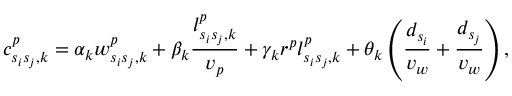
c _ { s _ { i } s _ { j } , k } ^ { p } = \alpha _ { k } w _ { s _ { i } s _ { j } , k } ^ { p } + \beta _ { k } \frac { l _ { s _ { i } s _ { j } , k } ^ { p } } { v _ { p } } + \gamma _ { k } r ^ { p } l _ { s _ { i } s _ { j } , k } ^ { p } + \theta _ { k } \left( \frac { d _ { s _ { i } } } { v _ { w } } + \frac { d _ { s _ { j } } } { v _ { w } } \right) ,